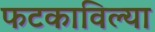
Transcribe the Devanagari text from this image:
फटकाविल्या